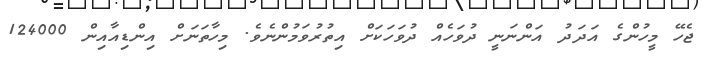
ޖެހޭ މީހުންގެ އަދަދު އަންނަނީ ދުވަހެއް ދުވަހަކަށް އިތުރުވަމުންނެވެ. މިހާތަނަށް އިންޑިއާއިން 124000